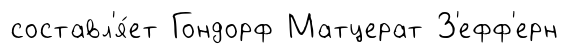
составл'я́ет Гондорф Матцерат З'ефф'ерн